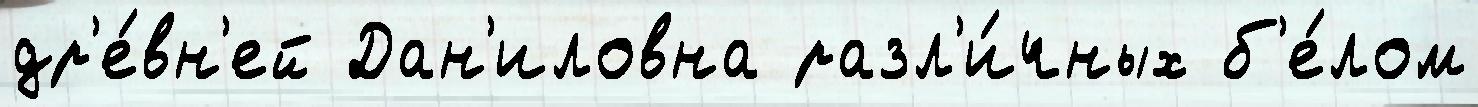
др'е́вн'ей Дан'иловна разл'и́чных б'е́лом